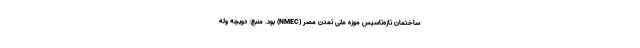
ساختمان تازه‌تاسیس موزه ملی تمدن مصر (NMEC) بود. منبع: دویچه وله